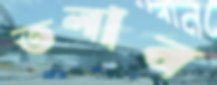
তলাব